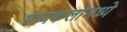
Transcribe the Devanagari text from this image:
दृष्यकलांमध्ये